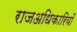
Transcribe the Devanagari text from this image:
राजअधिकारियों